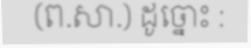
(ព.សា.) ដូច្នោះ :